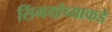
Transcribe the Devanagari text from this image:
सिंगयांच्याकडे